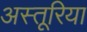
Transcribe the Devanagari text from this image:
अस्तूरिया